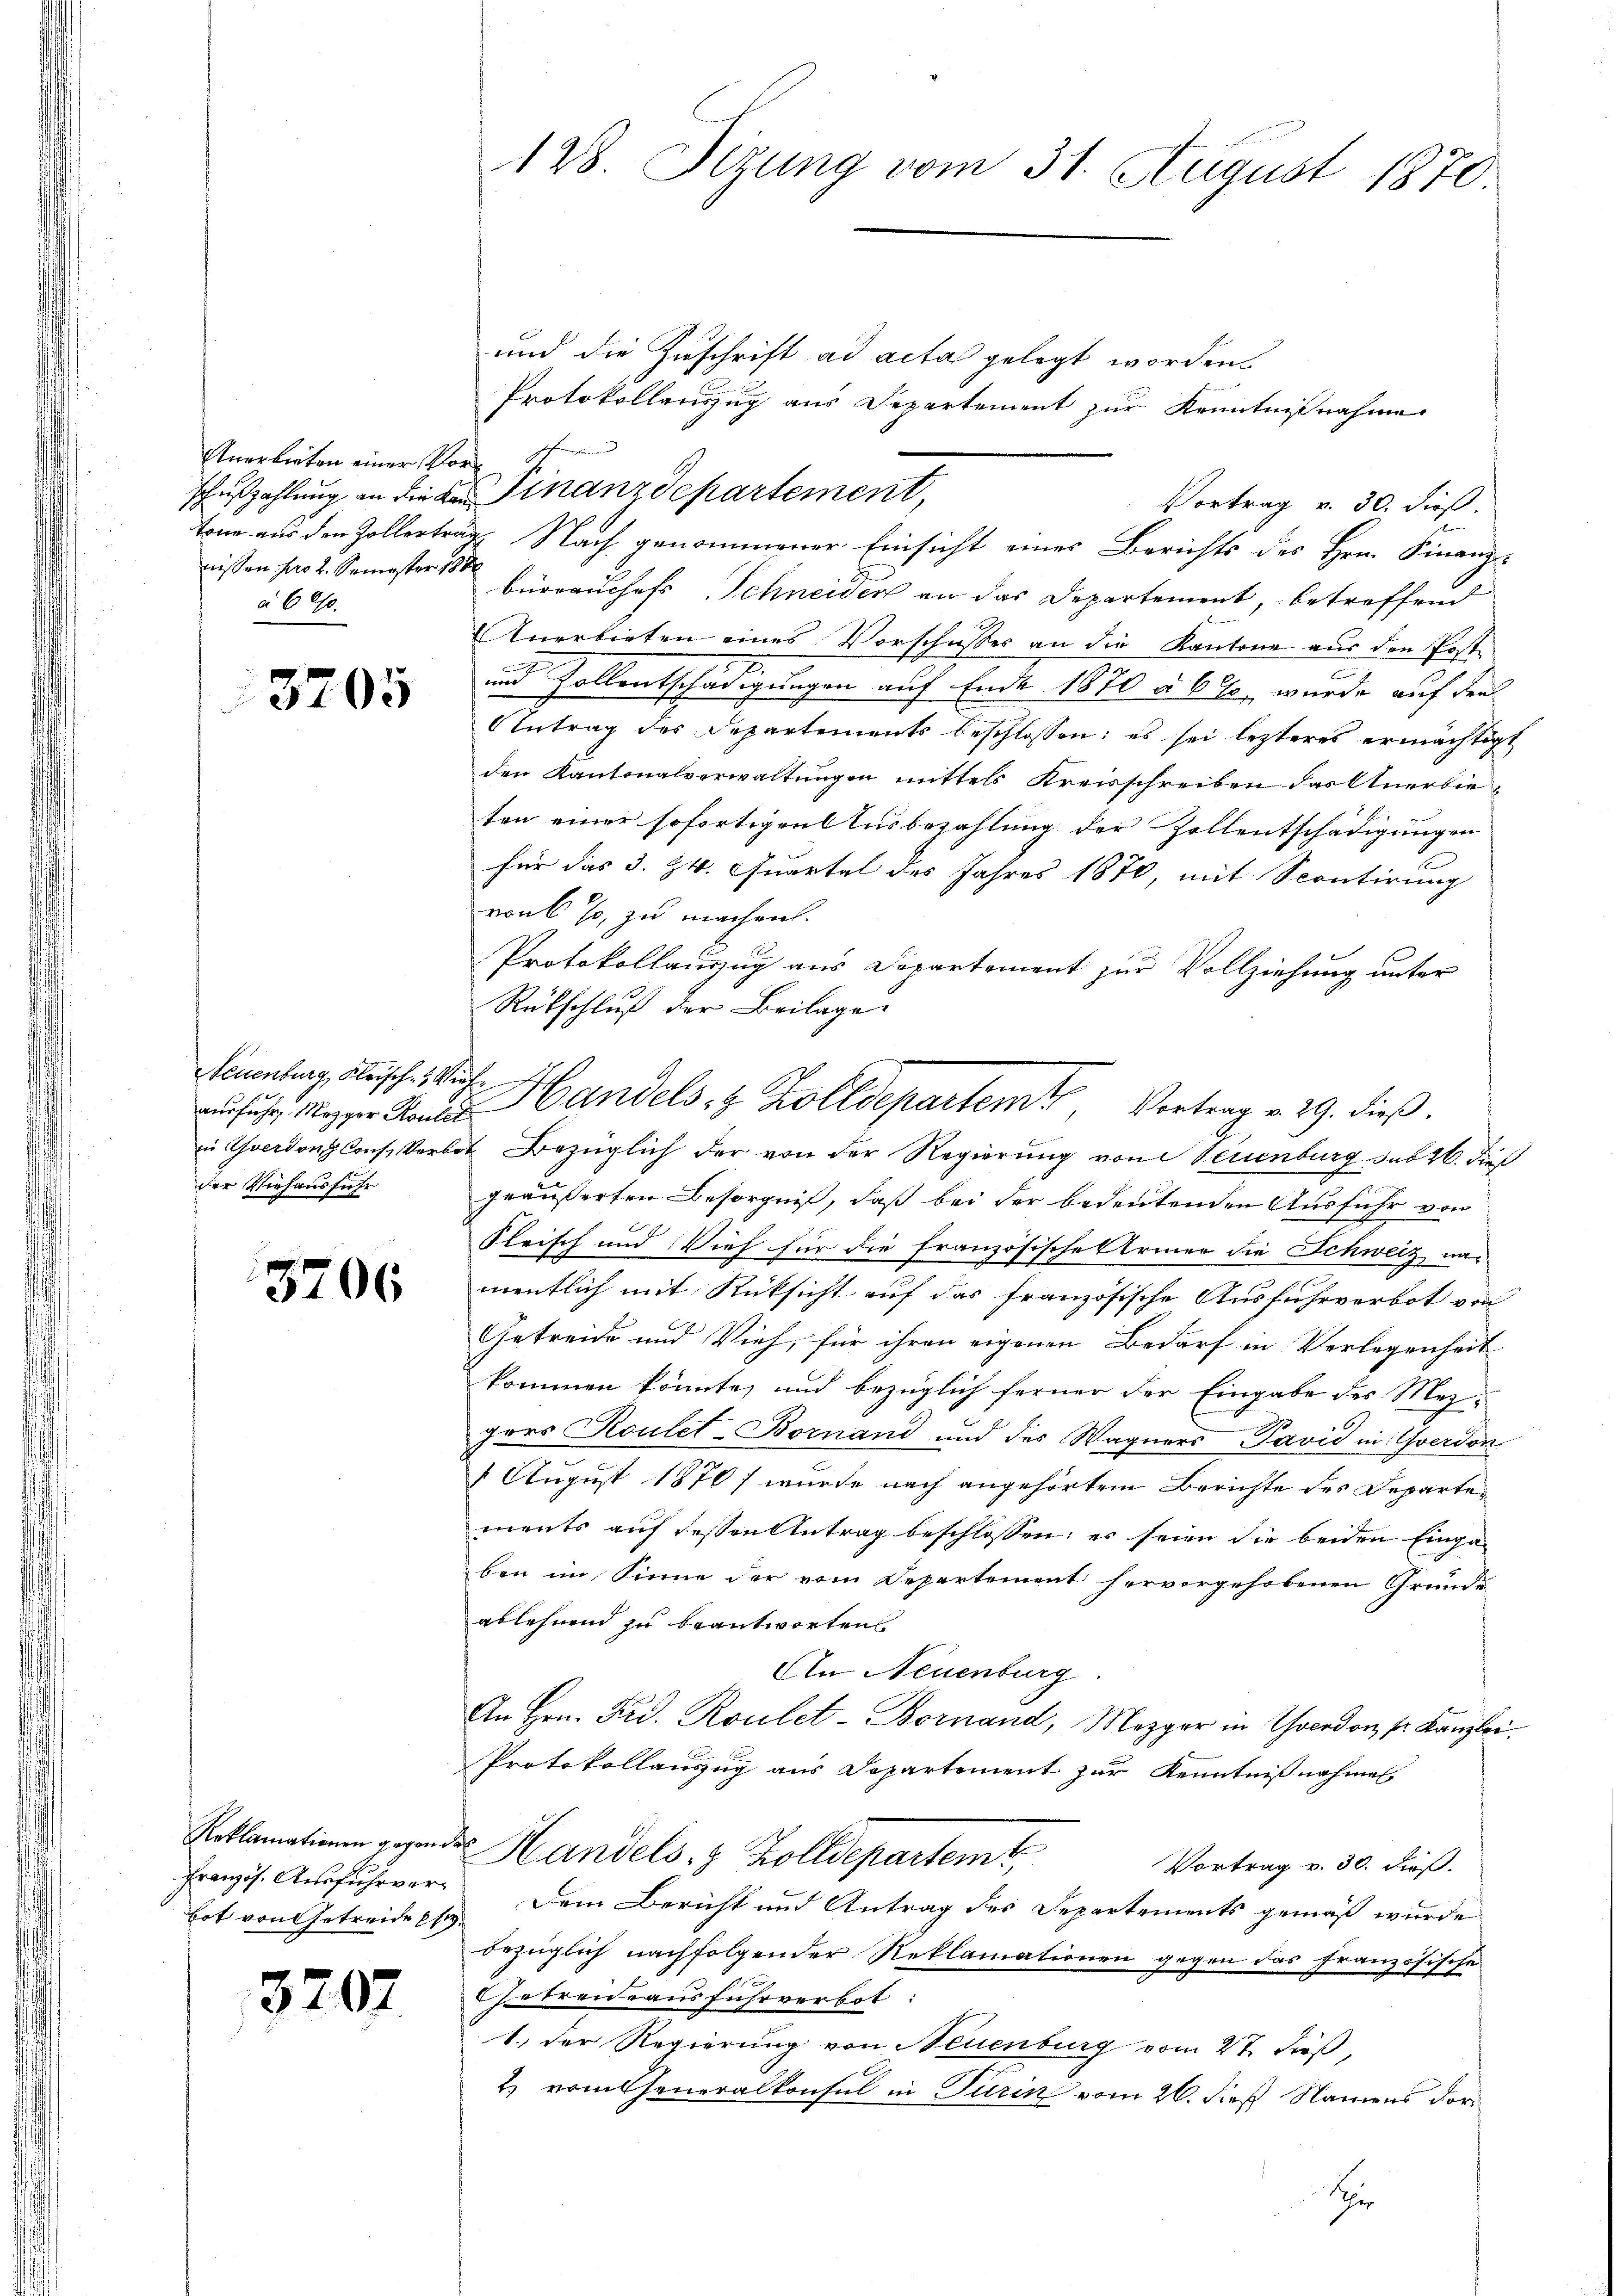
Anerbieten einer Vornissen pro 2. Semester 1880
à 600.

3705

euenburg, Kleische Vieh
der Viehausführ

3706

Französ. Ausfuhrver¬
Bot von Getreide Ehe

3207

und die Zuschrift ad acta gelegt worden.
Protokollauszug aus Departement zur Kenntnißnahme
h
schußzahlung an die der Finanzdepartement,
Vortrag v. 30. dieß.
tone aus den Zollertrag Nach genommener Einsicht eines Berichts des Hrn. Finanzbürrauchefs Schneider an das Departement, betreffend
Anerbieten eines Vorschusses an die Kantone aus den Post-

und Zollentschädigungen auf Ende 1870 à 6 l. wurde auf den
Antrag des Departements beschlossen: es sei lezteres ermächtigt
den Kantonalverwaltŭngen mittels Kreisschreiben das Anerbieten einer sofortigen Ausbezahlung der Zollentschädigungen
.
für das 3. Zt. Quartal des Jahres 1876, mit Scontirung
von 6 % zu machen.
Protokollauszug aus Departement zur Vollziehung unter
Rükschluß der Beilage.
in Yverdons Cons. Verbot Bezüglich der von der Regierung von Verienburg sub 26. dies
geäußerten Besorgniß, daß bei der bedeutenden Ausführ von
Fleisch und Vieh für die französische Armee die Schweiz, nac
mentlich mit Rücksicht auf das französische Ausfuhrverbot von
Getreide und Vieh, für ihren eigenen Bedarf in Verlegenheit
kommen könnte, und bezüglich ferner der Eingabe des Mez¬
9
gers Koulet-Bornand und des Wagners Javid in Yverdon
6 August 1870] wurde nach angehörtem Berichte des Departements auf dessen Antrag beschlossen: es seien die beiden Eingaben im Sinne der vom Departement hervorgehobenen Gründe
gelehnend zu beantworten
An Neuenburg
An Hrn. Frd. Roulet-Bornand, Mezger in Yverdon Sr. Kanzlei.
Protokollanzug aus Departement zur Kenntnißnahmes
Roklamationen gegen des Handels 8 Zolldepartemt,
Vortrag v. 30. dieß.
Dem Bericht und Antrag des Departements gemäß wurde
bezüglich nachfolgender Reklamationen gegen das Französische
Getreideausfuhrverbot:
1.) Der Regierung von Neuenburg vom 27. dieß,
2. vom Generalkonsul in Turin vom 26. dieß Namens der¬
Hr

128. Sizung vom 31. August 1870.

aŭfŭhr Mezger Lande Handels- & Zolldepartem Vortrag v. 29. dieβ.